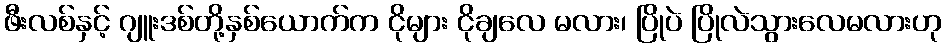
ဖီးလစ်နှင့် ဂျူးဒစ်တို့နှစ်ယောက်က ငိုများ ငိုချလေ မလား၊ ပြိုပဲ ပြိုလဲသွားလေမလားဟု